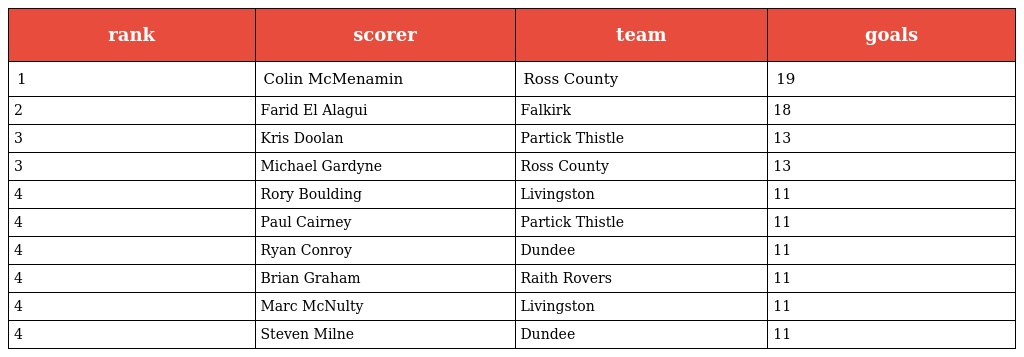
| rank | scorer | team | goals |
 | --- | --- | --- | --- |
 | 1 | Colin McMenamin | Ross County | 19 |
 | 2 | Farid El Alagui | Falkirk | 18 |
 | 3 | Kris Doolan | Partick Thistle | 13 |
 | 3 | Michael Gardyne | Ross County | 13 |
 | 4 | Rory Boulding | Livingston | 11 |
 | 4 | Paul Cairney | Partick Thistle | 11 |
 | 4 | Ryan Conroy | Dundee | 11 |
 | 4 | Brian Graham | Raith Rovers | 11 |
 | 4 | Marc McNulty | Livingston | 11 |
 | 4 | Steven Milne | Dundee | 11 |